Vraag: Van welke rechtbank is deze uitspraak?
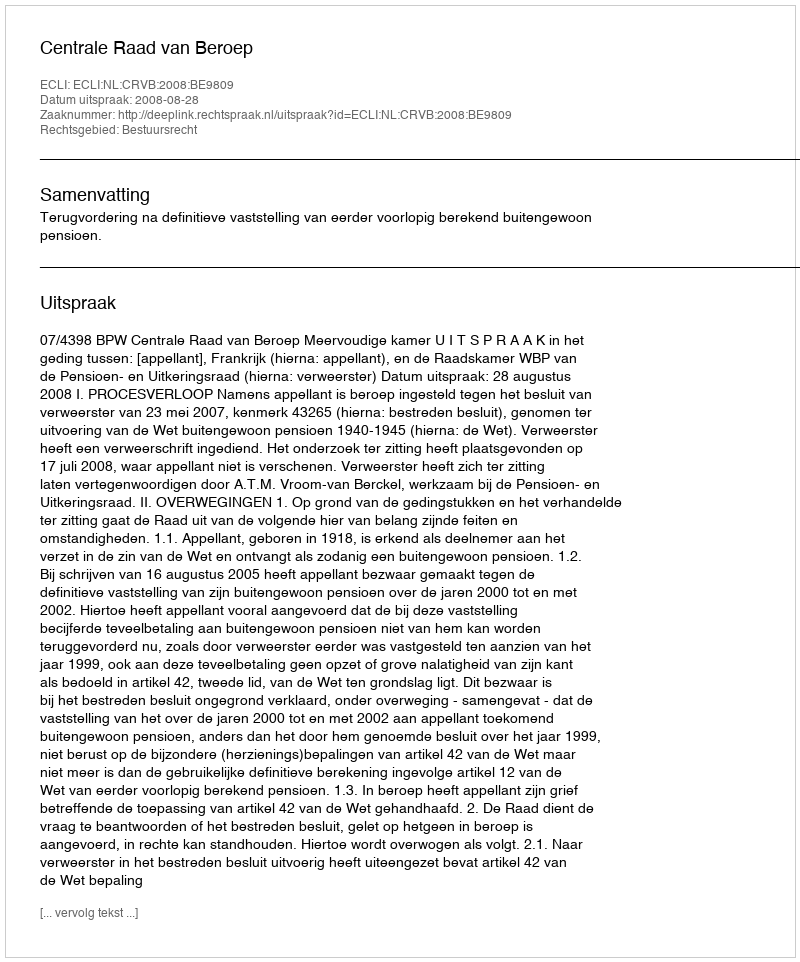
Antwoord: Centrale Raad van Beroep